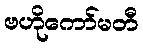
ဗဟိုကော်မတီ